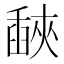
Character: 𦦕